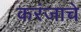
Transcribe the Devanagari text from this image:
करंजाचे